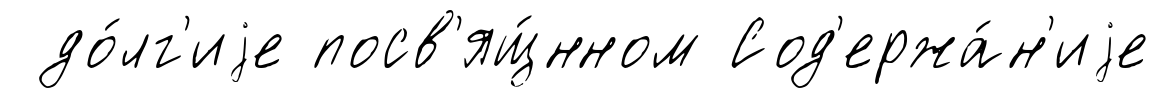
до́лг'иjе посв'ящ́нном Сод'ержа́н'иjе